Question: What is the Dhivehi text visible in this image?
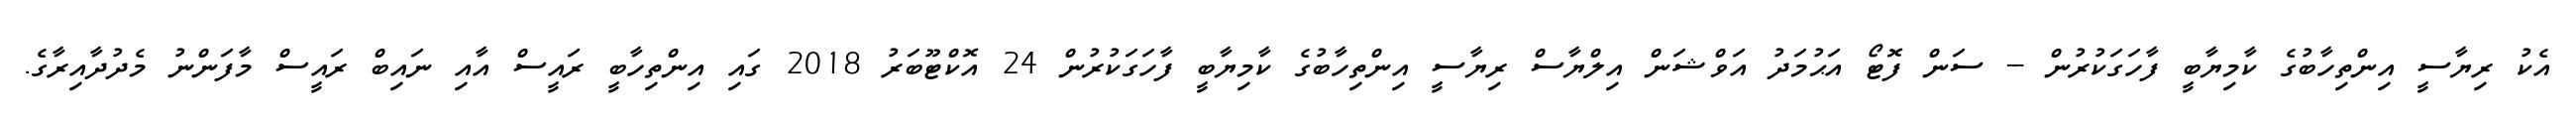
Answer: އެކު ރިޔާސީ އިންތިހާބުގެ ކާމިޔާބީ ފާހަގަކުރުން -- ސަން ފޮޓޯ އަޙުމަދު އަވްޝަން އިލްޔާސް ރިޔާސީ އިންތިހާބުގެ ކާމިޔާބީ ފާހަގަކުރުން 24 އޮކްޓޫބަރު 2018 ގައި އިންތިހާބީ ރައީސް އާއި ނައިބް ރައީސް މާފަންނު މެދުދާއިރާގެ.